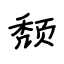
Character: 颓